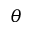
\theta